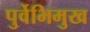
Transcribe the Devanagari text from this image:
पुर्वेभिमुख